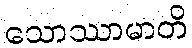
သောဿာမာတိ